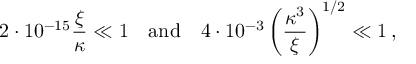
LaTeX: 2 \cdot 1 0 ^ { - 1 5 } \frac { \xi } { \kappa } \ll 1 \quad \mathrm { a n d } \quad 4 \cdot 1 0 ^ { - 3 } \left( \frac { \kappa ^ { 3 } } { \xi } \right) ^ { 1 / 2 } \ll 1 \, ,